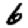
Digit: 6